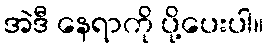
အဲဒီ နေရာကို ပို့ပေးပါ။